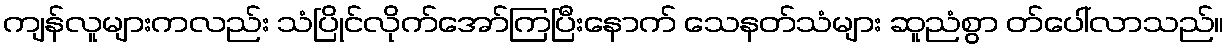
ကျန်လူများကလည်း သံပြိုင်လိုက်အော်ကြပြီးနောက် သေနတ်သံများ ဆူညံစွာ တ်ပေါ်လာသည်။